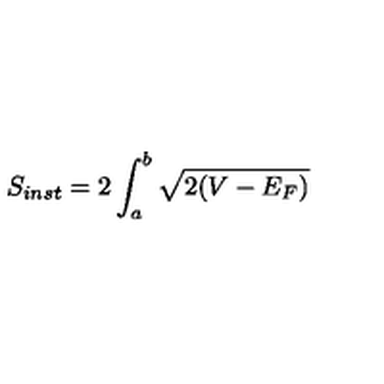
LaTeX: S _ { i n s t } = 2 \int _ { a } ^ { b } \sqrt { 2 ( V - E _ { F } ) }